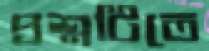
প্রশ্নটিতে